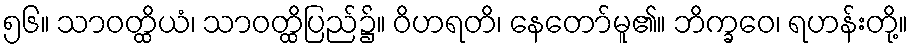
၅၆။ သာဝတ္ထိယံ၊ သာဝတ္ထိပြည်၌။ ဝိဟရတိ၊ နေတော်မူ၏။ ဘိက္ခဝေ၊ ရဟန်းတို့။